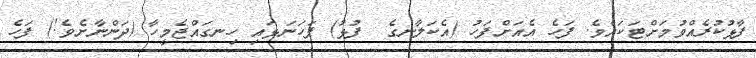
ފާޅުކުރެއްވުމަށްޓަކައެވެ. ފަހެ އެއަށްފަހު (އެކަލާނގެ  ފުޅު) ފަހަނަޅައި ހިނގައްޖެމީހާ (ދަންނާށެވެ!) ފަހެ